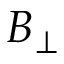
B _ { \perp }